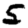
Digit: 5